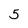
Character: 5